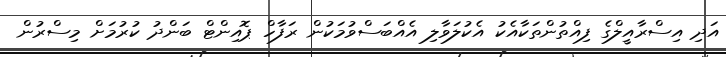
އަދި އިސްރާއީލްގެ ފިއްތުންތަކާއެކު އެކުލަވާލި އެއްބަސްވުމަކުން ރަފާހް ޕޮއިންޓް ބަންދު ކުރުމަށް މިސްރުން